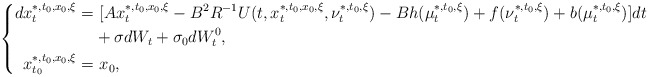
\begin{align*}\left\{\begin{aligned}dx_t^{*,t_0,x_0,\xi}=&~[Ax_t^{*,t_0,x_0,\xi}-B^2R^{-1}U(t,x_t^{*,t_0,x_0,\xi},\nu_t^{*,t_0,\xi})-Bh(\mu_t^{*,t_0,\xi})+f(\nu_t^{*,t_0,\xi})+b(\mu_t^{*,t_0,\xi})]dt\\&+\sigma dW_t+\sigma_0dW^0_t,\\x_{t_0}^{*,t_0,x_0,\xi}=&~x_0,\end{aligned}\right.\end{align*}